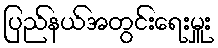
ပြည်နယ်အတွင်းရေးမှူး